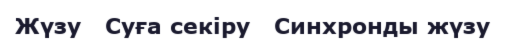
Жүзу   Суға секіру   Синхронды жүзу